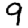
Digit: 9